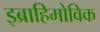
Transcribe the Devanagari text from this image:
इब्राहिमोविक